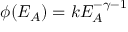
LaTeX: \phi ( E _ { A } ) = k E _ { A } ^ { - \gamma - 1 }